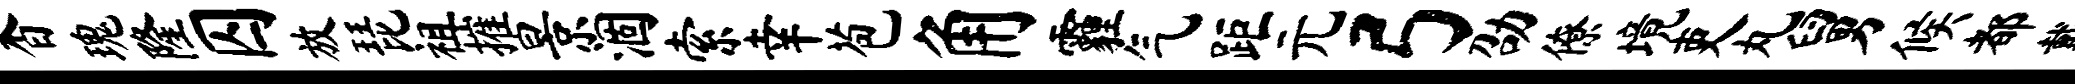
杳瑰隆囚放琵祖摧景涸索幸苞角霾气距元弓劭僚境吏丸舅候都戴